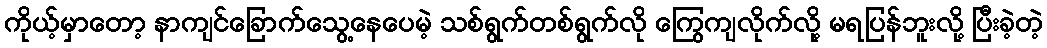
ကိုယ့်မှာတော့ နာကျင်ခြောက်သွေ့နေပေမဲ့ သစ်ရွက်တစ်ရွက်လို ကြွေကျလိုက်လို့ မရပြန်ဘူးလို့ ပြီးခဲ့တဲ့